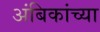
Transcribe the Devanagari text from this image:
अंबिकांच्या